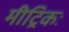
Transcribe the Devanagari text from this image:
मीट्रिकः